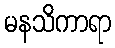
မနသိကာရာ